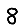
Digit: 8